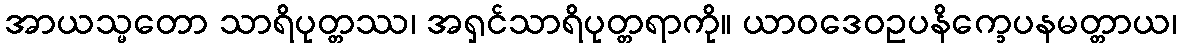
အာယသ္မတော သာရိပုတ္တဿ၊ အရှင်သာရိပုတ္တရာကို။ ယာဝဒေဝဥပနိက္ခေပနမတ္တာယ၊